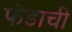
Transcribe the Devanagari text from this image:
फंडाची